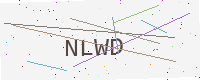
Text: NLWD